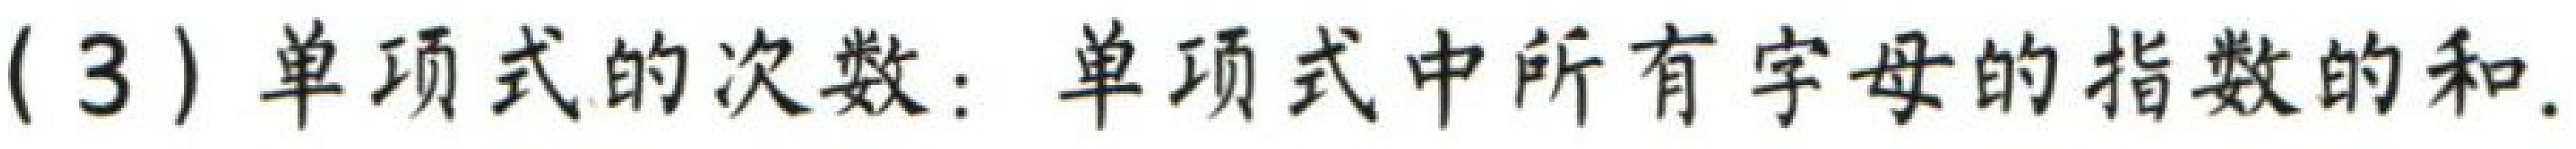
(3) 单项式的次数：单项式中所有字母的指数的和.